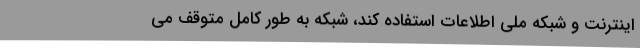
اینترنت و شبکه ملی اطلاعات استفاده کند، شبکه به طور کامل متوقف می